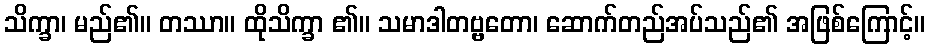
သိက္ခာ၊ မည်၏။ တဿာ။ ထိုသိက္ခာ ၏။ သမာဒါတဗ္ဗတော၊ ဆောက်တည်အပ်သည်၏ အဖြစ်ကြောင့်။